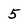
Character: 5